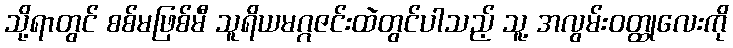
သို့ရာတွင် စစ်မဖြစ်မီ သူရိယမဂ္ဂဇင်းထဲတွင်ပါသည့် သူ့ အလွမ်းဝတ္ထုလေးကို